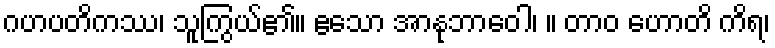
ဂဟပတိကဿ၊ သူကြွယ်၏။ ဧသော အာနုဘာဝေါ၊ ။ တာဝ ဟောတိ ကိရ၊